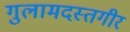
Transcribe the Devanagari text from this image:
गुलामदस्तगीर